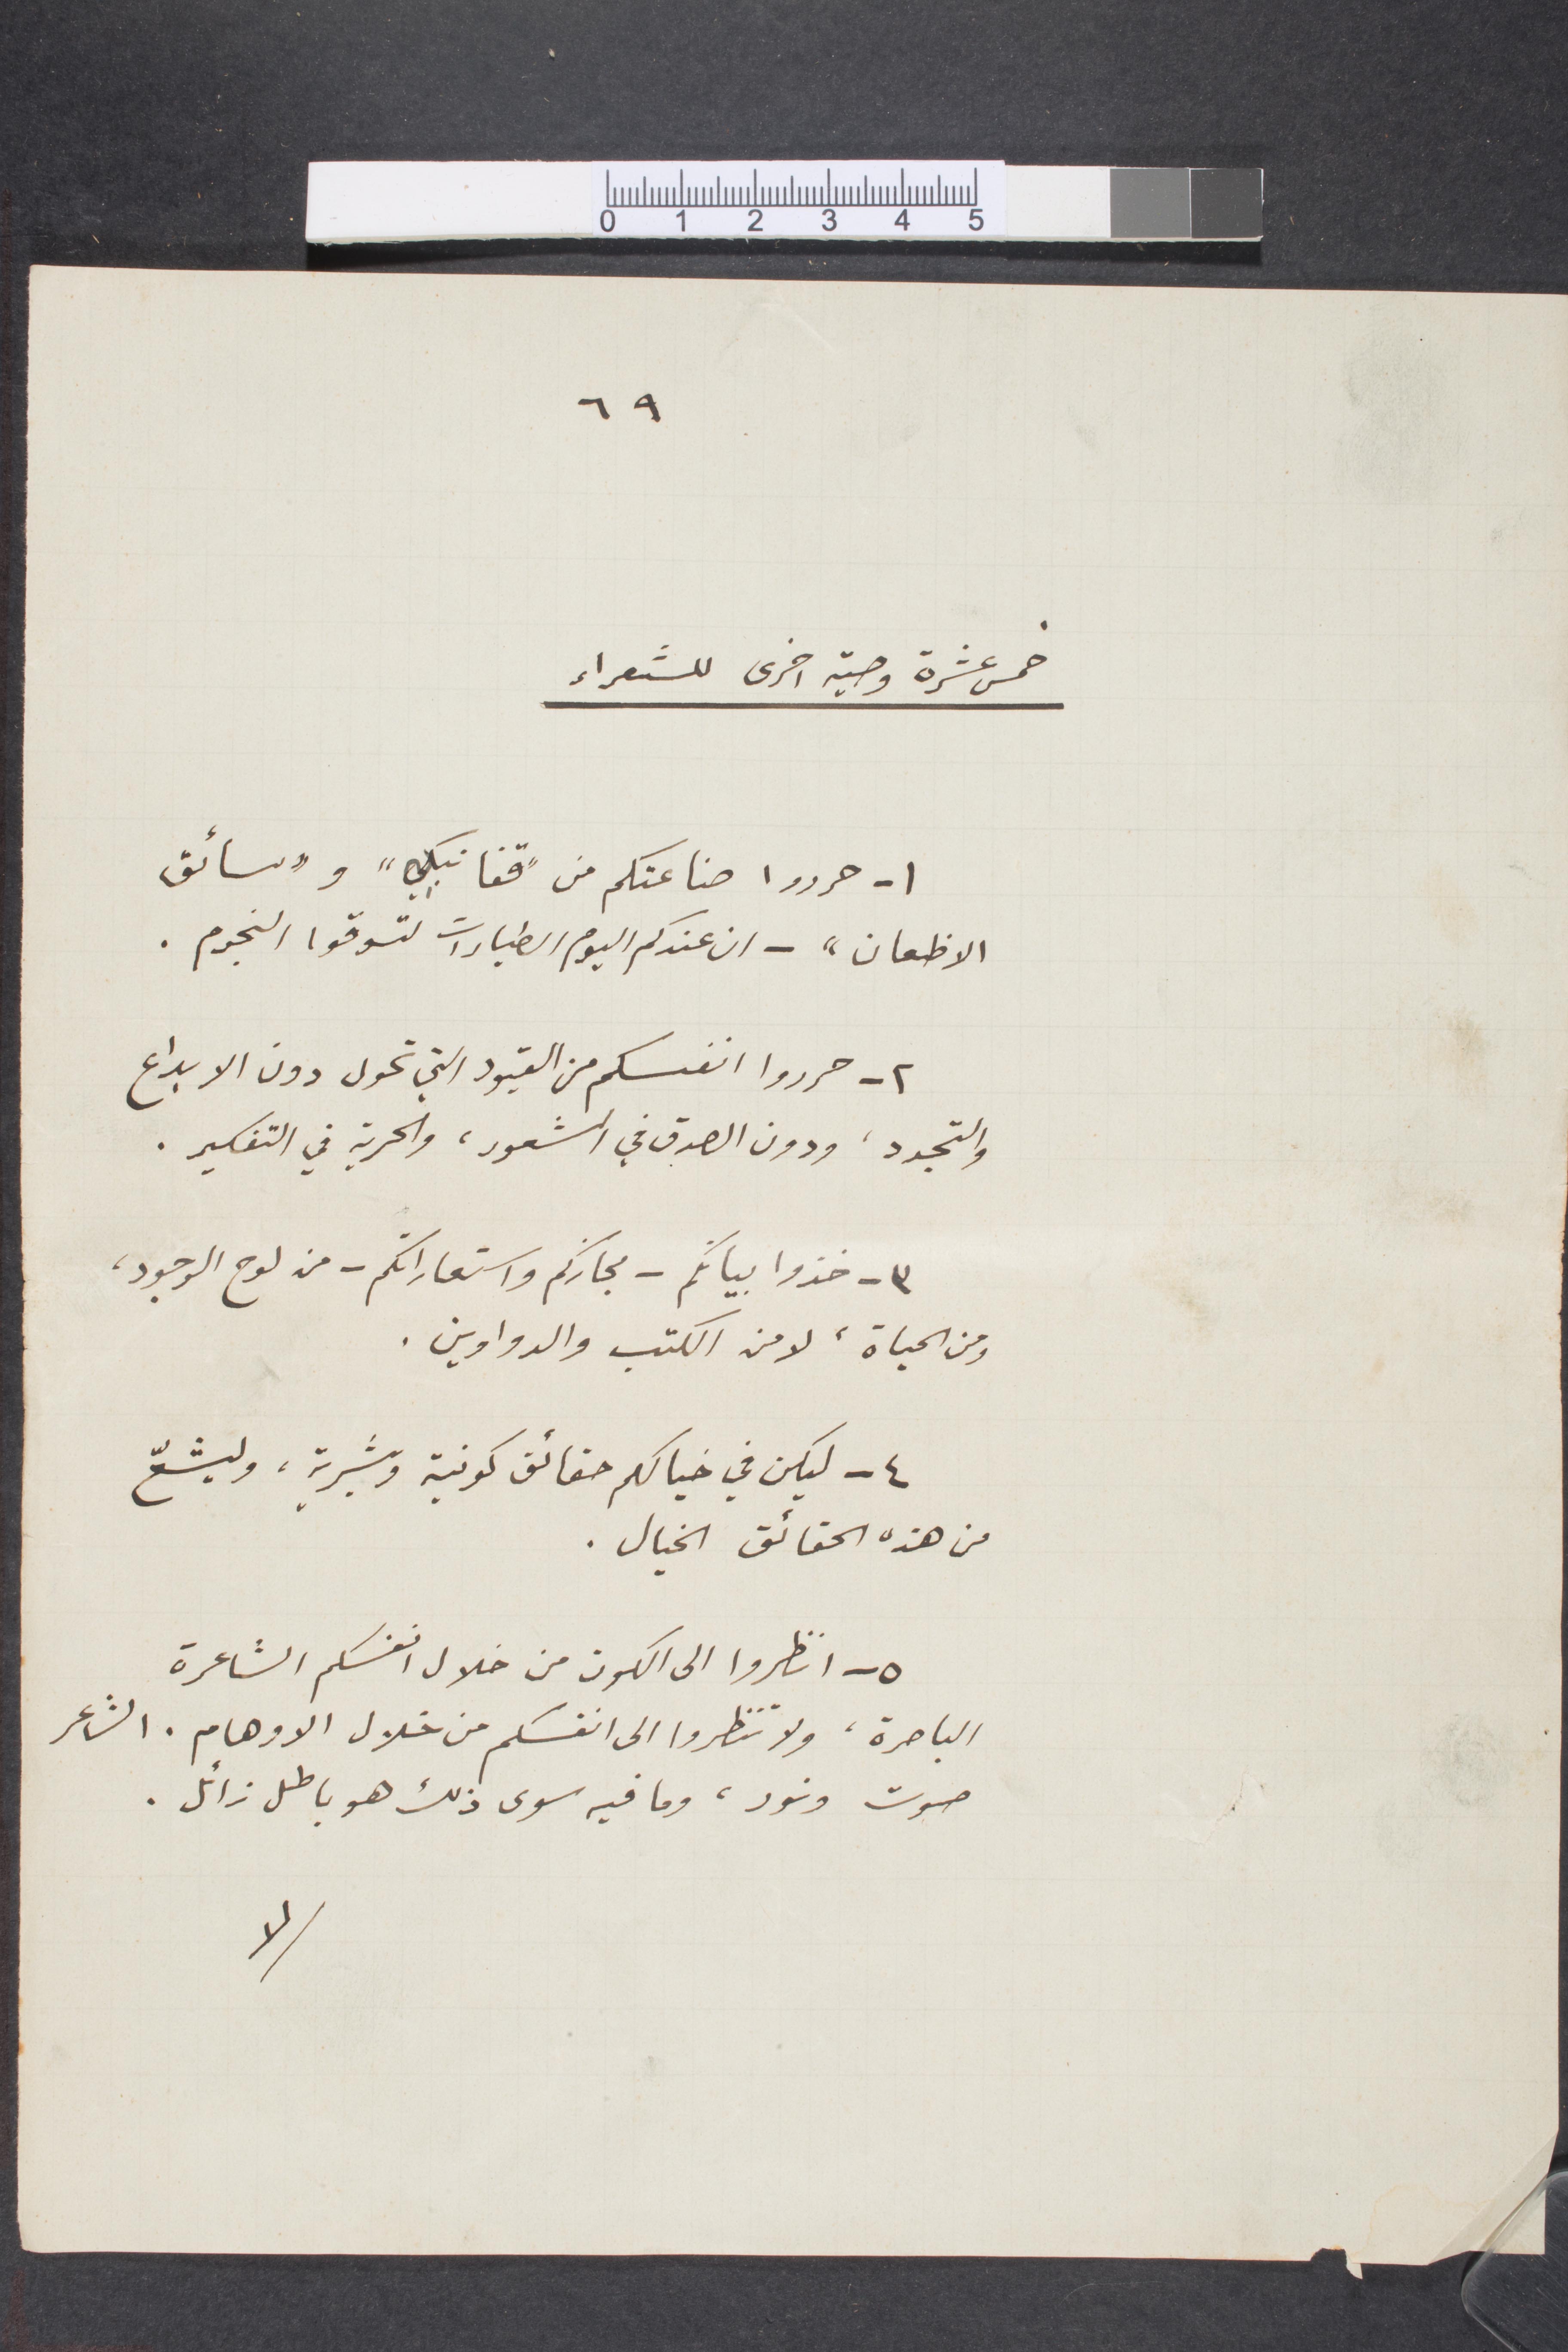
خمس عشرة وصية أخرى للشعراء
١ - حرروا صناعتكم من "قفا نبك" و"سائق
الاظعان" - ان عندكم اليوم الطيارات لتسوقوا النجوم.
٢ - حرروا أنفسكم من القيود التي تحول دون الابداع
والتجرد، ودون الصدق في الشعور، والحرية في التفكير.
٣ - خذوا بيانكم - مجازكم واستعاراتكم - من لوح الوجود،
ومن الحياة، لا من الكتب والدواوين.
٤ - ليكن في خيالكم حقائق كونية وبشرية، وليشعّ
من هذه الحقائق الخيال.
٥ - انظروا إلى الكون من خلال أنفسكم الشاعرة
الباصرة، ولا تنظروا إلى انفسكن من خلال الأوهام. الشاعر
صوت ونور، وما فيه سوى ذلك هو باطل زائل
لا
٦٩